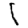
Digit: 1